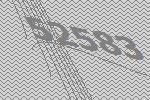
52583